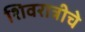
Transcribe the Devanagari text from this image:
शिवरात्रीचे